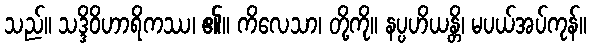
သည်။ သဒ္ဒိဝိဟာရိကဿ၊ ၏။ ကိလေသာ၊ တို့ကို။ နပ္ပဟိယန္တိ၊ မပယ်အပ်ကုန်။